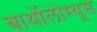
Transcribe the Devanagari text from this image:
बार्थोलोम्यूस